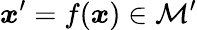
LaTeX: \boldsymbol{x}^{\prime}=f(\boldsymbol{x})\in\mathcal{M}^{\prime}